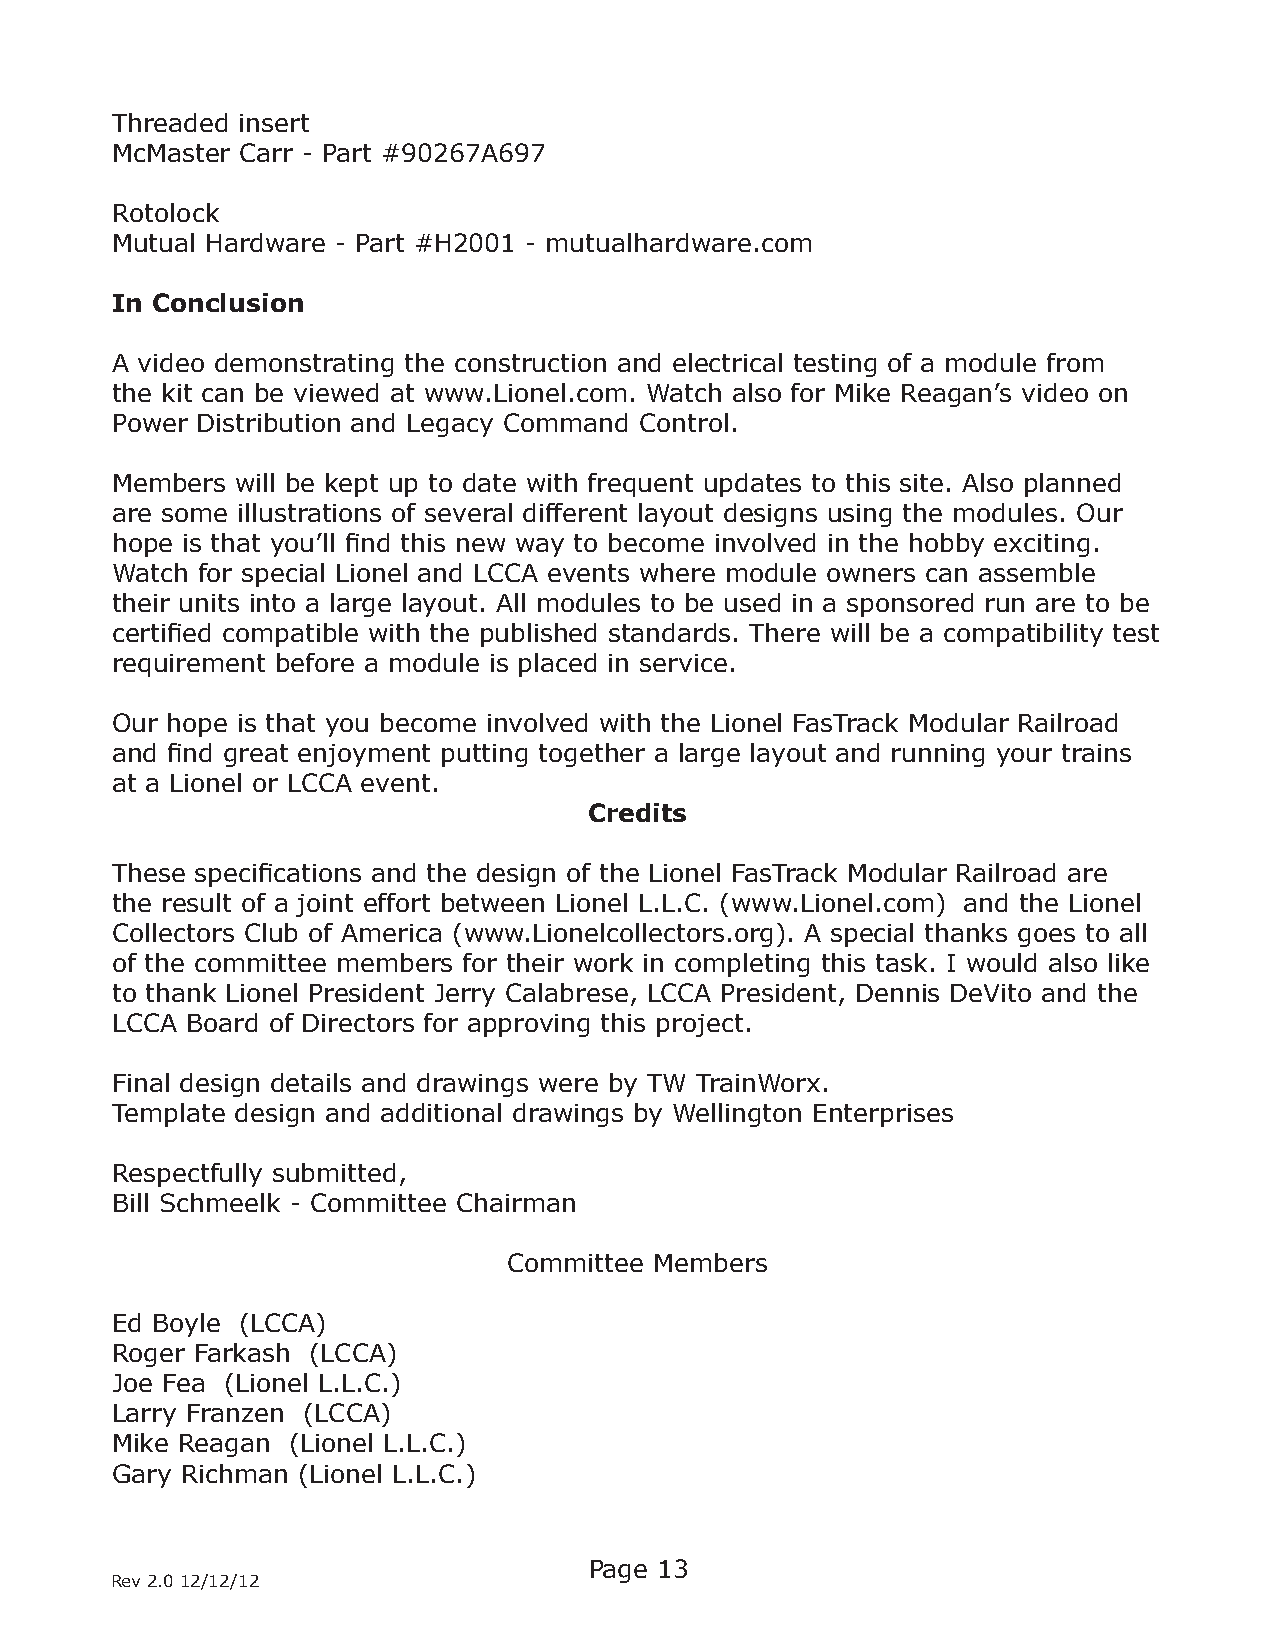
Threaded insert
 McMaster Carr - Part #90267A697
 Rotolock
 Mutual Hardware - Part #H2001 - mutualhardware.com
 In Conclusion
 A video demonstrating the construction and electrical testing of a module from
 the kit can be viewed at www.Lionel.com. Watch also for Mike Reagan’s video on
 Power Distribution and Legacy Command Control.
 Members  will be kept up to date with frequent updates to this site. Also planned
 are some illustrations of several different layout designs using the modules. Our
 hope is that you’ll find this new way to become involved in the hobby exciting.
 Watch for special Lionel and LCCA events where module owners can assemble
 their units into a large layout. All modules to be used in a sponsored run are to be
 certified compatible with the published standards. There will be a compatibility test
 requirement before a module is placed in service.
 Our hope is that you become involved with the Lionel FasTrack Modular Railroad
 and find great enjoyment putting together a large layout and running your trains
 at a Lionel or LCCA event.
 Credits
 These specifications and the design of the Lionel FasTrack Modular Railroad are
 the result of a joint effort between Lionel L.L.C. (www.Lionel.com) and the Lionel
 Collectors Club of America (www.Lionelcollectors.org). A special thanks goes to all
 of the committee members for their work in completing this task. I would also like
 to thank Lionel President Jerry Calabrese, LCCA President, Dennis DeVito and the
 LCCA Board of Directors for approving this project.
 Final design details and drawings were by TW TrainWorx.
 Template design and additional drawings by Wellington Enterprises
 Respectfully submitted,
 Bill Schmeelk - Committee Chairman
 Committee Members
 Ed Boyle (LCCA)
 Roger Farkash (LCCA)
 Joe Fea (Lionel L.L.C.)
 Larry Franzen (LCCA)
 Mike Reagan (Lionel L.L.C.)
 Gary Richman (Lionel L.L.C.)
 Page 13
 Rev 2.0 12/12/12